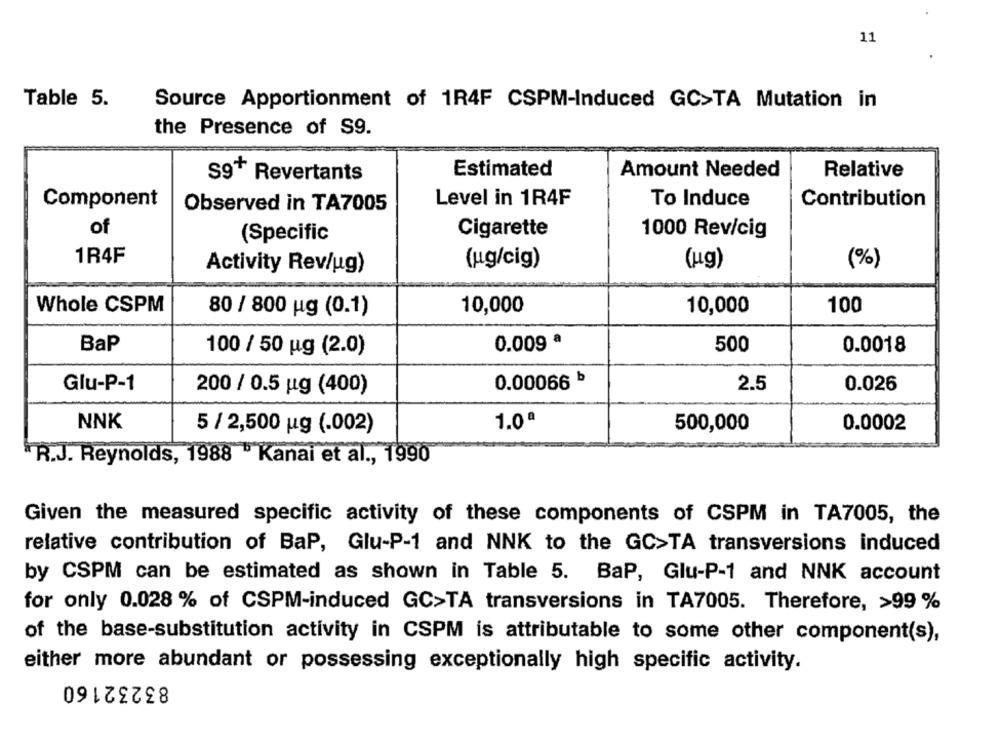
11
Table 5.
Source Apportionment of 1R4F CSPM-Induced GC>TA Mutation in
the Presence of S9.
S9+ Revertants
Estimated
Amount Needed
Relative
Component
Observed in TA7005
Level in 1R4F
To Induce
Contribution
of
Cigarette
(Specific
1000 Rev/cig
1R4F
(ug/cig)
(kg)
(%)
Activity Rev/ug)
Whole CSPM
10,000
10,000
100
80 / 800 ug (0.1)
BaP
0.009 ª
500
0.0018
100 / 50 g (2.0)
0.00066 b
2.5
Glu-P-1
200 / 0.5 ug (400)
0.026
NNK
5 / 2,500 ug (.002)
1.0ª
500,000
0.0002
R.J. Reynolds, 1988 - Kanai et al ., 1990
Given the measured specific activity of these components of CSPM in TA7005, the
relative contribution of BaP, Glu-P-1 and NNK to the GC>TA transversions induced
by CSPM can be estimated as shown in Table 5. BaP, Glu-P-1 and NNK account
for only 0.028 % of CSPM-induced GC>TA transversions in TA7005. Therefore, >99 %
of the base-substitution activity in CSPM is attributable to some other component(s),
either more abundant or possessing exceptionally high specific activity.
83232160